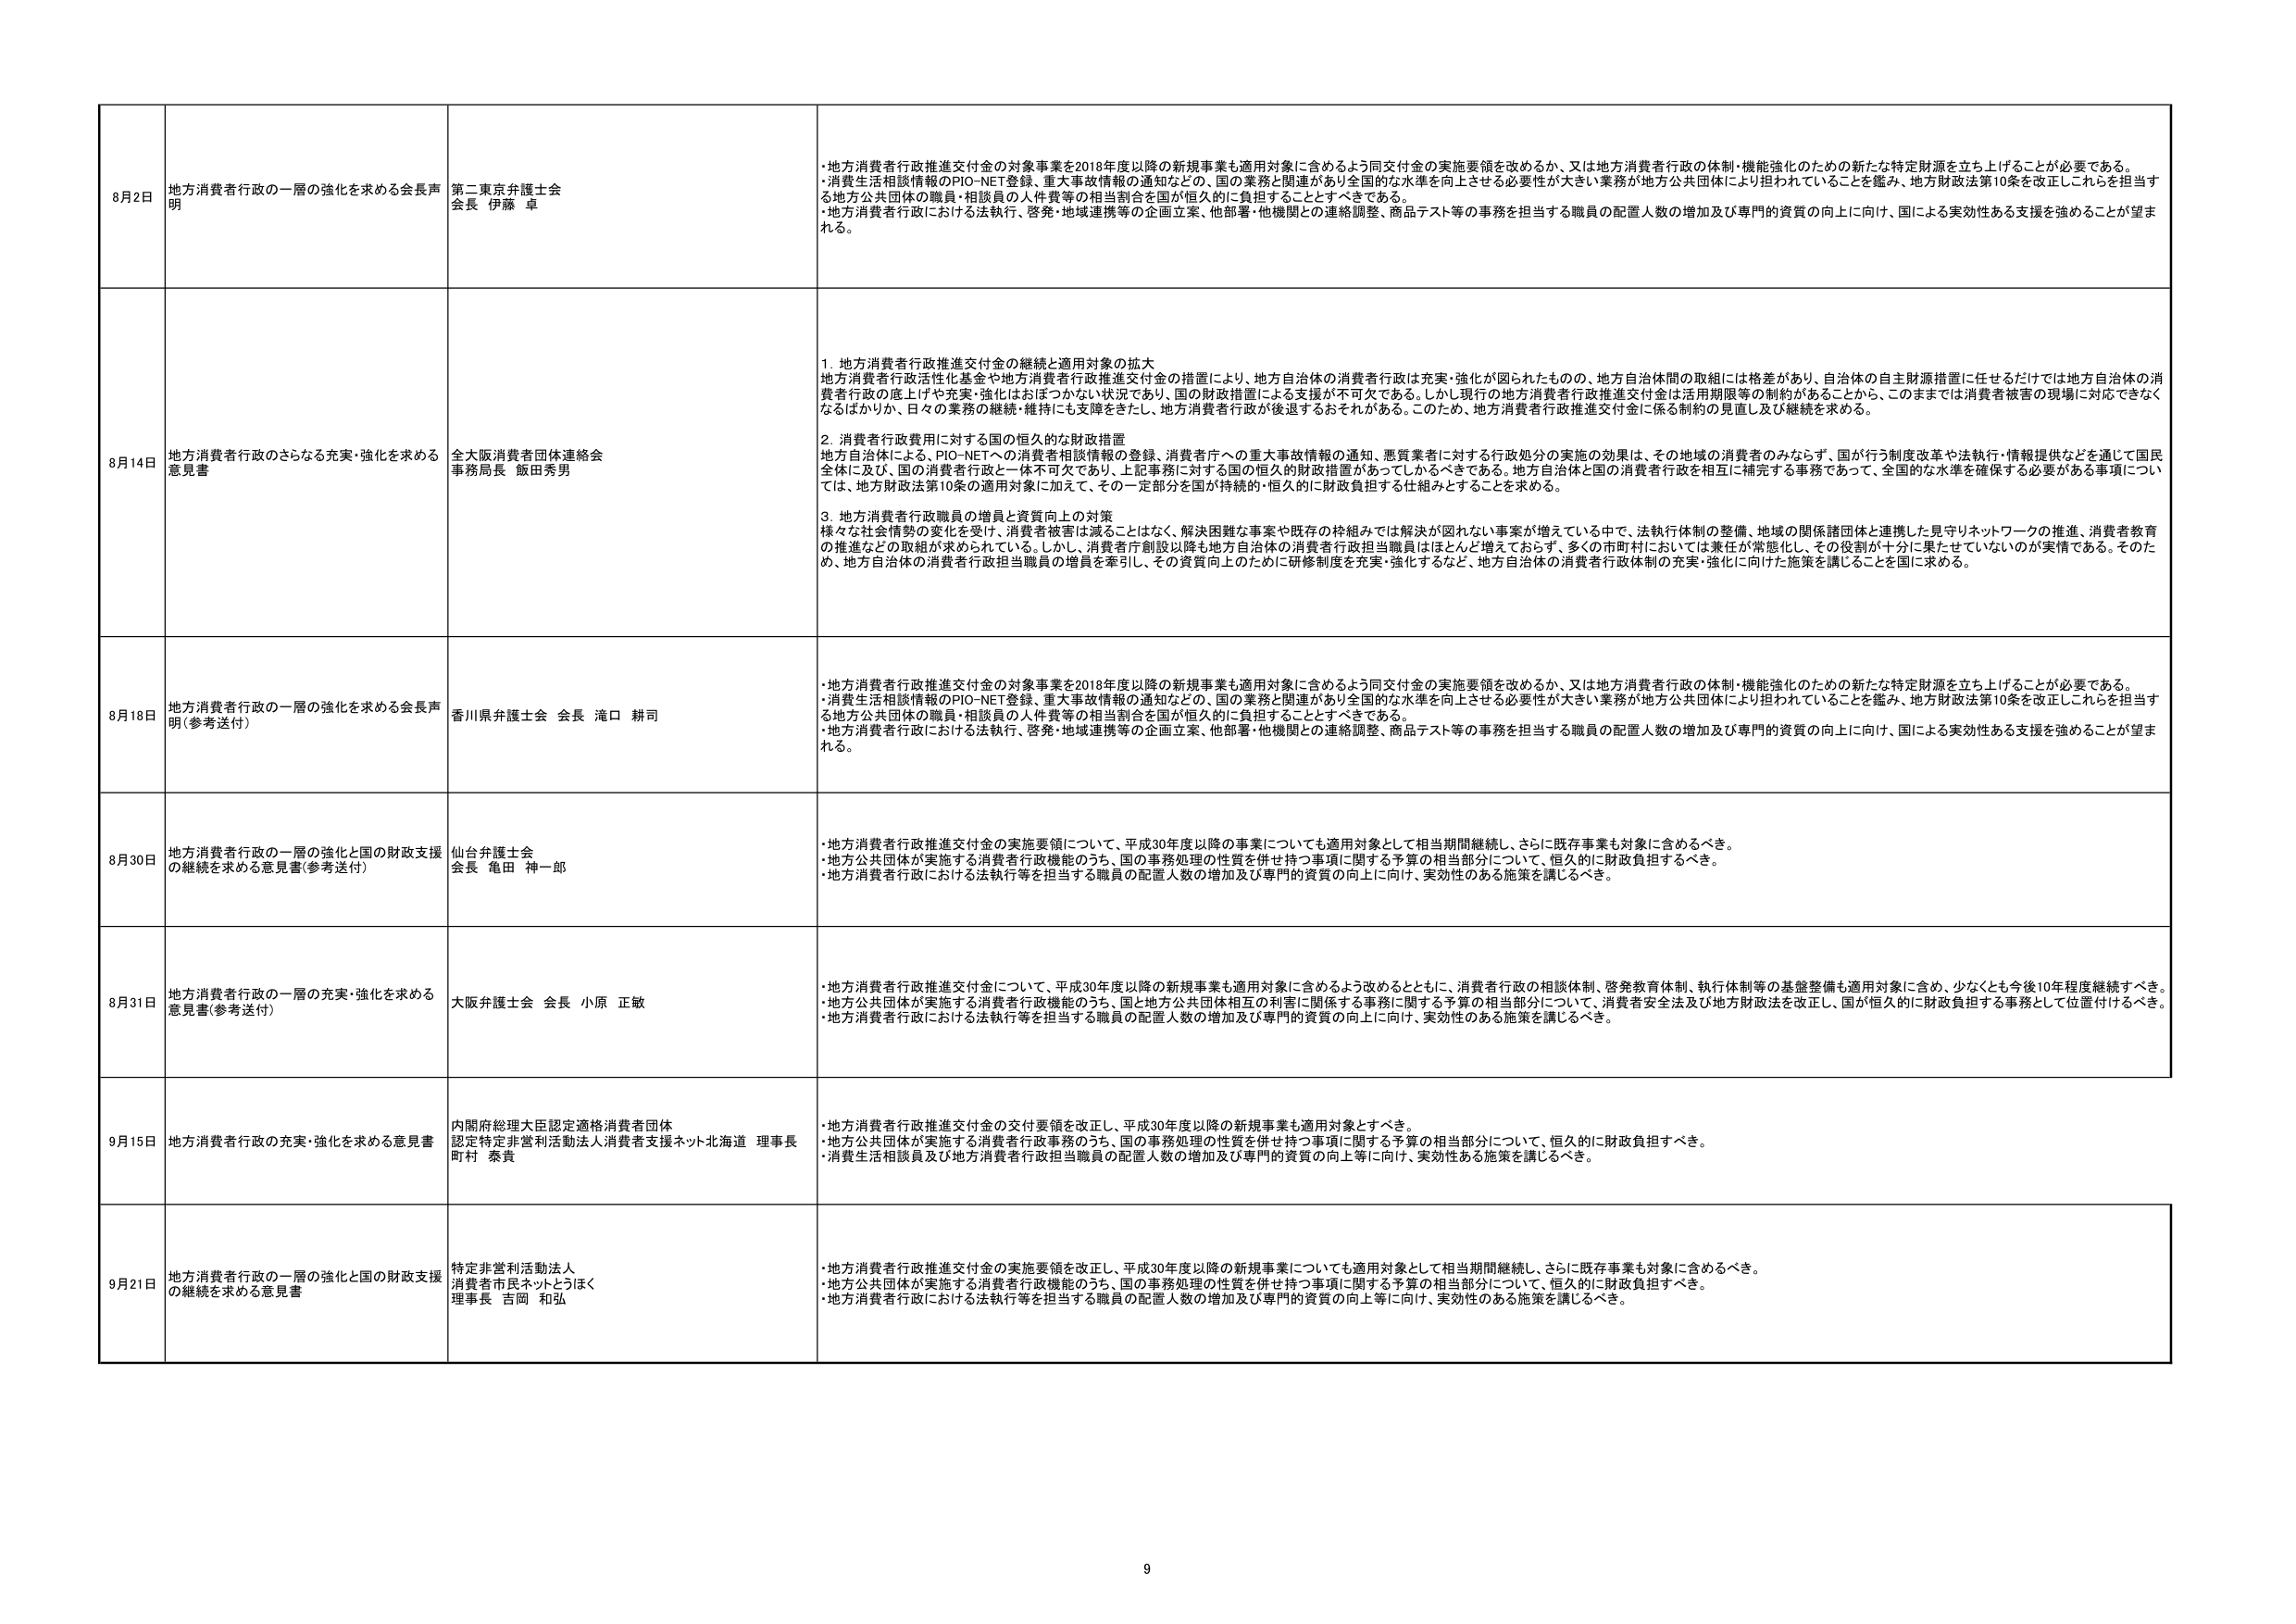
8月2日 地方消費者行政の一層の強化を求める会長声明 第二東京弁護士会 会長 伊藤 卓 ・地方消費者行政推進交付金の対象事業を2018年度以降の新規事業も適用対象に含めるよう同交付金の実施要領を改めるか、又は地方消費者行政の体制・機能強化のための新たな特定財源を立ち上げることが必要である。 ・消費生活相談情報のPIO-NET登録、重大事故情報の通知などの、国の業務と関連があり全国的な水準を向上させる必要性が大きい業務が地方公共団体により担われていることを鑑み、地方財政法第10条を改正しこれらを担当する地方公共団体の職員・相談員の人件費等の相当割合を国が恒久的に負担することとすべきである。 ・地方消費者行政における法執行、啓発・地域連携等の企画立案、他部署・他機関との連絡調整、商品テスト等の事務を担当する職員の配置人数の増加及び専門的資質の向上に向け、国による実効性ある支援を強めることが望まれる。

8月14日 地方消費者行政のさらなる充実・強化を求める意見書 全大阪消費者団体連絡会 事務局長 飯田秀男 1. 地方消費者行政推進交付金の継続と適用対象の拡大 地方消費者行政活性化基金や地方消費者行政推進交付金の措置により、地方自治体の消費者行政は充実・強化が図られたものの、地方自治体間の取組には格差があり、自治体の自主財源措置に任せるだけでは地方自治体の消費者行政の底上げや充実・強化はおぼつかない状況であり、国の財政措置による支援が不可欠である。しかし現行の地方消費者行政推進交付金は活用期限等の制約があることから、このままでは消費者被害の現場に対応できなくなるばかりか、日々の業務の継続・維持にも支障をきたし、地方消費者行政が後退するおそれがある。このため、地方消費者行政推進交付金に係る制約の見直し及び継続を求める。 2. 消費者行政費用に対する国の恒久的な財政措置 地方自治体による、PIO-NETへの消費者相談情報の登録、消費者庁への重大事故情報の通知、悪質業者に対する行政処分の実施の効果は、その地域の消費者のみならず、国が行う制度改革や法執行・情報提供などを通じて国民全体に及び、国の消費者行政と一体不可欠であり、上記事務に対する国の恒久的財政措置があってしかるべきである。地方自治体と国の消費者行政を相互に補完する事務であって、全国的な水準を確保する必要がある事項については、地方財政法第10条の適用対象に加えて、その一定部分を国が持続的・恒久的に財政負担する仕組みとすることを求める。 3. 地方消費者行政職員の増員と資質向上の対策 様々な社会情勢の変化を受け、消費者被害は減ることはなく、解決困難な事案や既存の枠組みでは解決が図れない事案が増えている中で、法執行体制の整備、地域の関係諸団体と連携した見守りネットワークの推進、消費者教育の推進などの取組が求められている。しかし、消費者庁創設以降も地方自治体の消費者行政担当職員はほとんど増えておらず、多くの市町村においては兼任が常態化し、その役割が十分に果たせていないのが実情である。そのため、地方自治体の消費者行政担当職員の増員を牽引し、その資質向上のために研修制度を充実・強化するなど、地方自治体の消費者行政体制の充実・強化に向けた施策を講じることを国に求める。

8月18日 地方消費者行政の一層の強化を求める会長声明（参考送付） 香川県弁護士会 会長 溝口 耕司 ・地方消費者行政推進交付金の対象事業を2018年度以降の新規事業も適用対象に含めるよう同交付金の実施要領を改めるか、又は地方消費者行政の体制・機能強化のための新たな特定財源を立ち上げることが必要である。 ・消費生活相談情報のPIO-NET登録、重大事故情報の通知などの、国の業務と関連があり全国的な水準を向上させる必要性が大きい業務が地方公共団体により担われていることを鑑み、地方財政法第10条を改正しこれらを担当する地方公共団体の職員・相談員の人件費等の相当割合を国が恒久的に負担することとすべきである。 ・地方消費者行政における法執行、啓発・地域連携等の企画立案、他部署・他機関との連絡調整、商品テスト等の事務を担当する職員の配置人数の増加及び専門的資質の向上に向け、国による実効性ある支援を強めることが望まれる。

8月30日 地方消費者行政の一層の強化と国の財政支援の継続を求める意見書（参考送付） 仙台弁護士会 会長 亀田 神一郎 ・地方消費者行政推進交付金の実施要領について、平成30年度以降の事業についても適用対象として相当期間継続し、さらに既存事業も対象に含めるべき。 ・地方公共団体が実施する消費者行政機能のうち、国の事務処理の性質を併せ持つ事項に関する予算の相当部分について、恒久的に財政負担するべき。 ・地方消費者行政における法執行等を担当する職員の配置人数の増加及び専門的資質の向上に向け、実効性のある施策を講じるべき。

8月31日 地方消費者行政の一層の充実・強化を求める意見書（参考送付） 大阪弁護士会 会長 小原 正敏 ・地方消費者行政推進交付金について、平成30年度以降の新規事業も適用対象に含めるよう改めるとともに、消費者行政の相談体制、啓発教育体制、執行体制等の基盤整備も適用対象に含め、少なくとも今後10年程度継続すべき。 ・地方公共団体が実施する消費者行政機能のうち、国と地方公共団体相互の利害に関係する事務に関する予算の相当部分について、消費者安全法及び地方財政法を改正し、国が恒久的に財政負担する事務として位置付けるべき。 ・地方消費者行政における法執行等を担当する職員の配置人数の増加及び専門的資質の向上に向け、実効性のある施策を講じるべき。

9月15日 地方消費者行政の充実・強化を求める意見書 内閣府総理大臣認定適格消費者団体 認定特定非営利活動法人消費者支援ネット北海道 理事長 町村 泰貴 ・地方消費者行政推進交付金の交付要領を改正し、平成30年度以降の新規事業も適用対象とすべき。 ・地方公共団体が実施する消費者行政事務のうち、国の事務処理の性質を併せ持つ事項に関する予算の相当部分について、恒久的に財政負担すべき。 ・消費生活相談員及び地方消費者行政担当職員の配置人数の増加及び専門的資質の向上等に向け、実効性ある施策を講じるべき。

9月21日 地方消費者行政の一層の強化と国の財政支援の継続を求める意見書 特定非営利活動法人 消費者市民ネットとろほく 理事長 吉岡 和弘 ・地方消費者行政推進交付金の実施要領を改正し、平成30年度以降の新規事業についても適用対象として相当期間継続し、さらに既存事業も対象に含めるべき。 ・地方公共団体が実施する消費者行政機能のうち、国の事務処理の性質を併せ持つ事項に関する予算の相当部分について、恒久的に財政負担すべき。 ・地方消費者行政における法執行等を担当する職員の配置人数の増加及び専門的資質の向上等に向け、実効性のある施策を講じるべき。

9